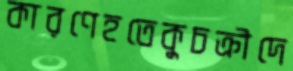
কারণেহতেকুচক্রীদে